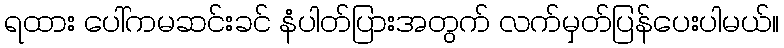
ရထား ပေါ်ကမဆင်းခင် နံပါတ်ပြားအတွက် လက်မှတ်ပြန်ပေးပါမယ်။